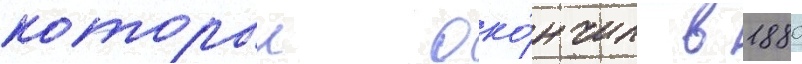
которыи око́нчил в 1880